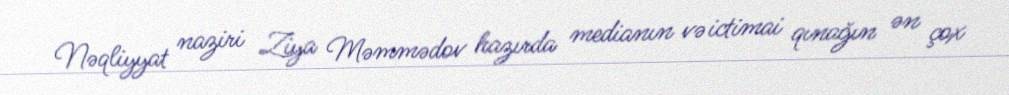
Nəqliyyat naziri Ziya Məmmədov hazırda medianın və ictimai qınağın ən çox